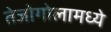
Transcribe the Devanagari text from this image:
तेजोगोलामध्ये